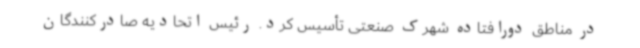
در مناطق دورافتاده شهرک صنعتی تأسیس کرد. رئیس اتحادیه صادرکنندگان